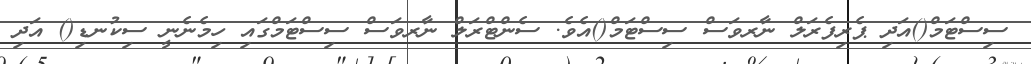
ސިސްޓަމް()އަދި ޕެރިފެރަލް ނާރވަސް ސިސްޓަމް()އެވެ. ސެންޓްރަލް ނާރވަސް ސިސްޓަމްގައި ހިމެނެނީ ސިކުނޑި() އަދި